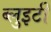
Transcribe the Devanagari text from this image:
ब्लुइटी